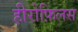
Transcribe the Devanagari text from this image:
हीरोफ़िलस